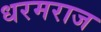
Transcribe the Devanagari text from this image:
धरमराज